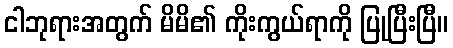
ငါဘုရားအတွက် မိမိ၏ ကိုးကွယ်ရာကို ပြုပြီးပြီ။